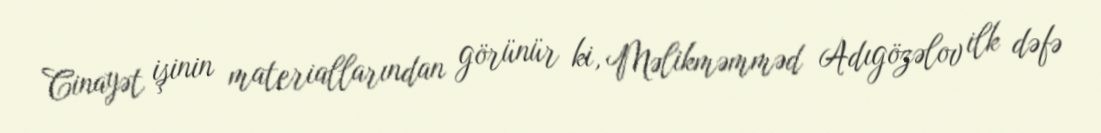
Cinayət işinin materiallarından görünür ki, Məlikməmməd Adıgözəlov ilk dəfə